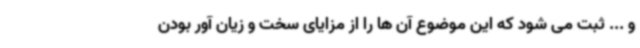
و ... ثبت می شود که این موضوع آن ها را از مزایای سخت و زیان آور بودن